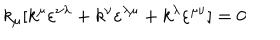
LaTeX: k _ { \mu } [ k ^ { \mu } \varepsilon ^ { \nu \lambda } + k ^ { \nu } \varepsilon ^ { \lambda \mu } + k ^ { \lambda } \varepsilon ^ { \mu \nu } ] = 0